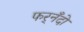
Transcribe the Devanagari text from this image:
फर्‌नँदो